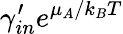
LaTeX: \gamma_{in}^{\prime}e^{\mu_{A}/k_{B}T}